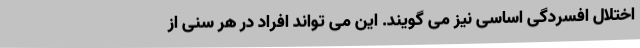
اختلال افسردگی اساسی نیز می گویند. این می تواند افراد در هر سنی از